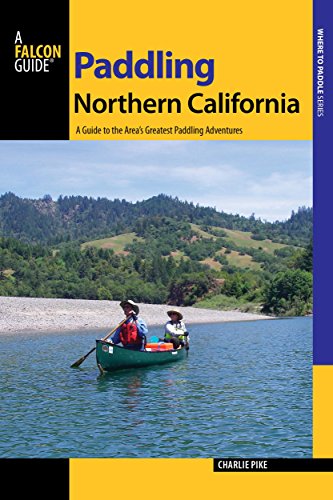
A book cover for Paddling Northern California: A Guide To The Area's Greatest Paddling Adventures (Paddling Series); Charles Pike; Sports & Outdoors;